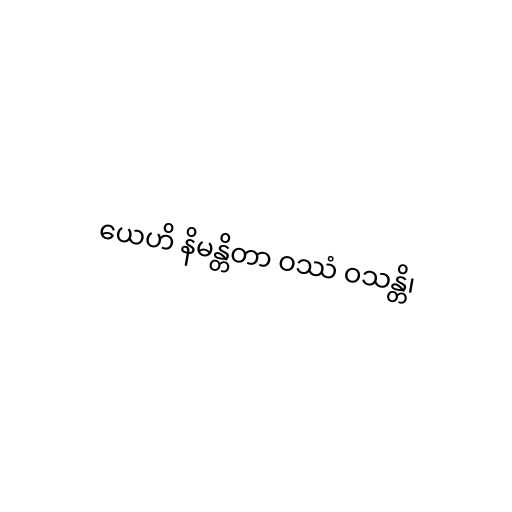
ယေဟိ နိမန္တိတာ ဝဿံ ဝသန္တိ၊